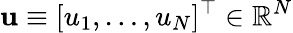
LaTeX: \mathbf{u}\equiv[u_{1},\dots,u_{N}]^{\top}\in\mathbb{R}^{N}